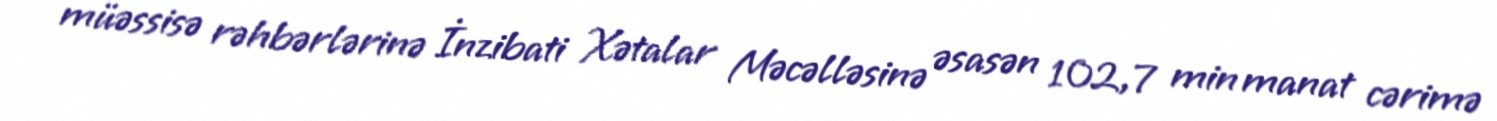
müəssisə rəhbərlərinə İnzibati Xətalar Məcəlləsinə əsasən 102,7 min manat cərimə